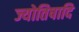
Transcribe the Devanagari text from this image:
ज्योतिषादि